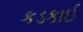
કડકાઈ